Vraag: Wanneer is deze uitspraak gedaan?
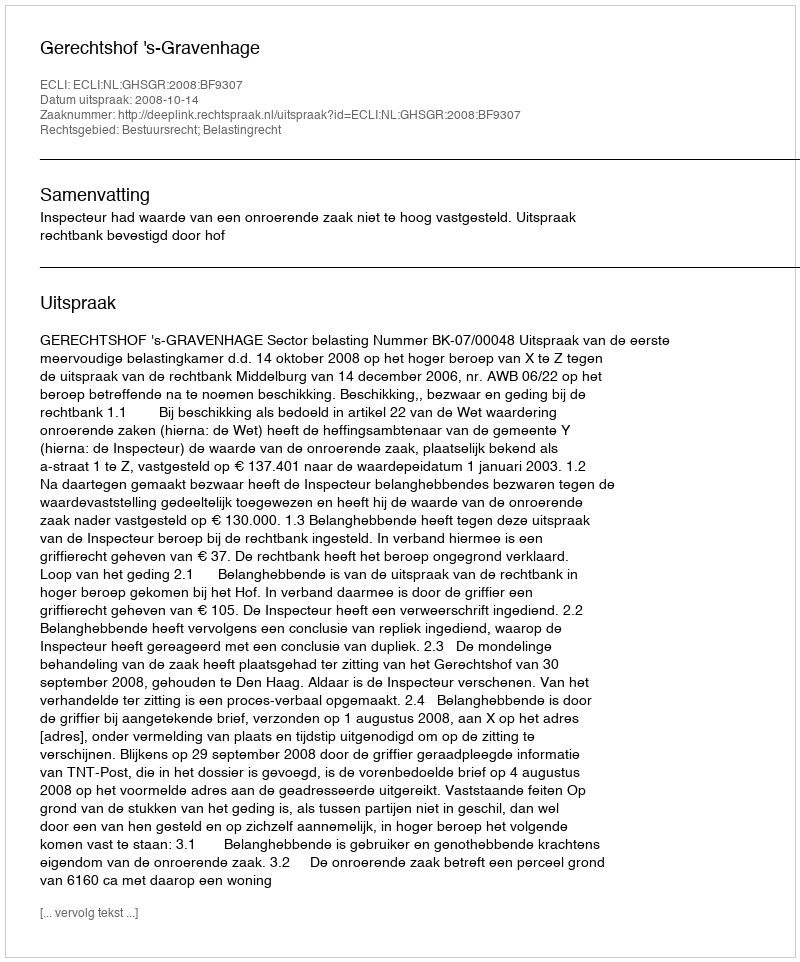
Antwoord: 2008-10-14